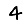
Digit: 4